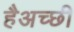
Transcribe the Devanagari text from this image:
हैअच्छी